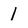
Character: 1